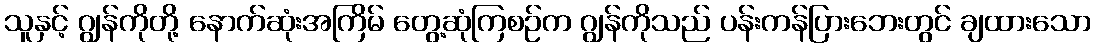
သူနှင့် ဂျွန်ကိုတို့ နောက်ဆုံးအကြိမ် တွေ့ဆုံကြစဉ်က ဂျွန်ကိုသည် ပန်းကန်ပြားဘေးတွင် ချထားသော